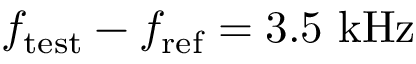
f _ { \mathrm { t e s t } } - f _ { \mathrm { r e f } } = 3 . 5 ~ \mathrm { k H z }